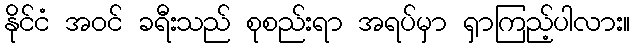
နိုင်ငံ အဝင် ခရီးသည် စုစည်းရာ အရပ်မှာ ရှာကြည့်ပါလား။